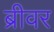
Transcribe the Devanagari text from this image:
ब्रीवर